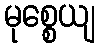
မုစ္စေယျ